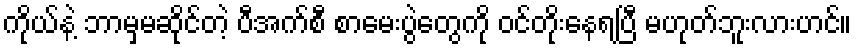
ကိုယ်နဲ့ ဘာမှမဆိုင်တဲ့ ပီအက်စီ စာမေးပွဲတွေကို ဝင်တိုးနေရပြီ မဟုတ်ဘူးလားဟင်။